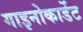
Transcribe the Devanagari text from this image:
गाइनोकार्डेट